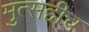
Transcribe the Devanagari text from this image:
मुत्सद्दीच